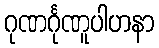
ဂုဏင်္ဂုဏူပါဟနာ